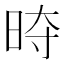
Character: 𭥱